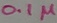
Text: 0.1µ